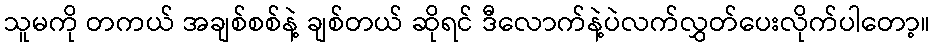
သူမကို တကယ် အချစ်စစ်နဲ့ ချစ်တယ် ဆိုရင် ဒီလောက်နဲ့ပဲလက်လွှတ်ပေးလိုက်ပါတော့။